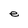
Character: e